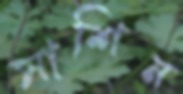
সাশিন